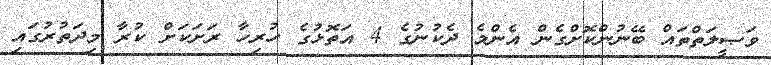
ވަޞީލަތްތައް ބޭނުންކޮށްގެން އެންމެ ދެކުނުގެ 4 އަތޮޅުގެ ހުރިހާ ރަށަކަށް ކުރާ މިދަތުރުގައި